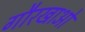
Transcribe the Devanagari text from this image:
गौरखाओं